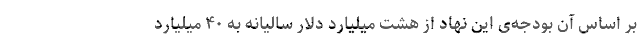
بر اساس آن بودجه‌ی این نهاد از هشت میلیارد دلار سالیانه به ۴۰ میلیارد